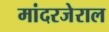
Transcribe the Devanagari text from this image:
मांदरजेराल